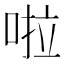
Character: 啦